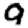
Digit: 9